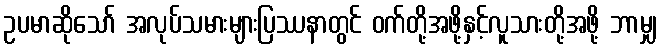
ဥပမာဆိုသော် အလုပ်သမားများပြဿနာတွင် ဝက်တို့အဖို့နှင့်လူသားတို့အဖို့ ဘာမျှ